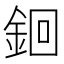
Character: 䤧